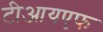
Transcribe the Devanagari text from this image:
टीआयएफ